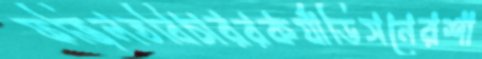
ফজিলতবিচাররকর‍্যাডিসনেরশা